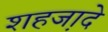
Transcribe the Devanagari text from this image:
शहजा़दे